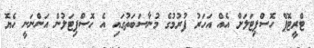
ޓްރީޓޮޕް ހޮސްޕިޓަލަށް އެއް އަހަރު ފުރުމުގެ މުނާސަބަތުގައި އެ ހޮސްޕިޓަލުން އަންނަނީ ހެޔޮ